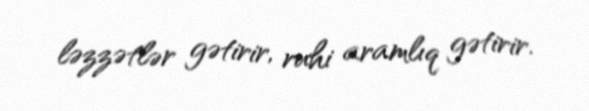
ləzzətlər gətirir, ruhi aramlıq gətirir.